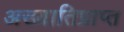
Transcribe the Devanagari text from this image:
अख्यातिप्राप्त